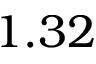
1 . 3 2